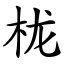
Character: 栊